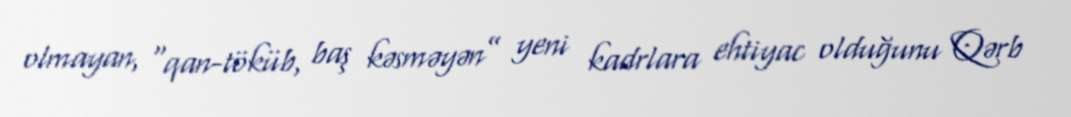
olmayan, “qan-töküb, baş kəsməyən” yeni kadrlara ehtiyac olduğunu Qərb